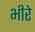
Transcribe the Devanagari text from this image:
भीरे